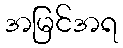
အမြင်အရ